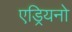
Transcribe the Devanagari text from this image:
एड्रियनो